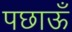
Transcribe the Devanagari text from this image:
पछाऊँ